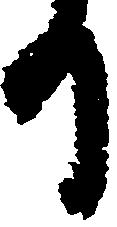
日